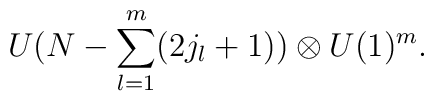
U(N- \sum_{l=1}^{m} (2j_l+1))\otimes U(1)^m.